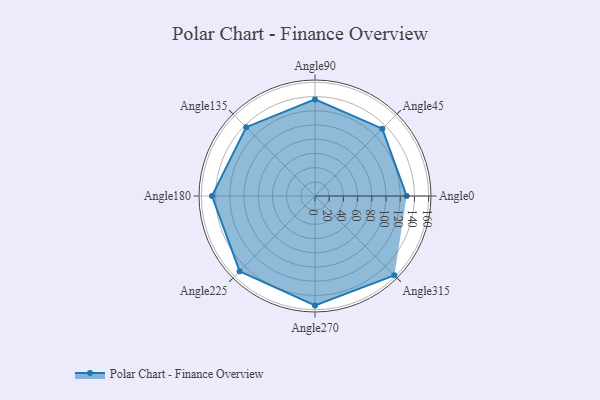
{"axis": {"x": "Angle", "y": "Radius"}, "legend": [""], "data": [{"x": "Angle0", "y": 129.0, "type": ""}, {"x": "Angle45", "y": 134.0, "type": ""}, {"x": "Angle90", "y": 136.0, "type": ""}, {"x": "Angle135", "y": 137.0, "type": ""}, {"x": "Angle180", "y": 145.0, "type": ""}, {"x": "Angle225", "y": 150.0, "type": ""}, {"x": "Angle270", "y": 154.0, "type": ""}, {"x": "Angle315", "y": 158.0, "type": ""}]}